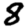
Digit: 8